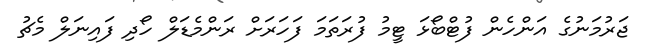
ޖަރުމަނުގެ އަންހެން ފުޓްބޯޅަ ޓީމު ފުރަތަމަ ފަހަރަށް ރަންމެޑަލް ހޯދި ފައިނަލް މެޗު